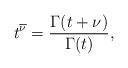
LaTeX: \begin{align*}t^{\overline{\nu}}=\frac{\Gamma(t+\nu)}{\Gamma(t)},\end{align*}